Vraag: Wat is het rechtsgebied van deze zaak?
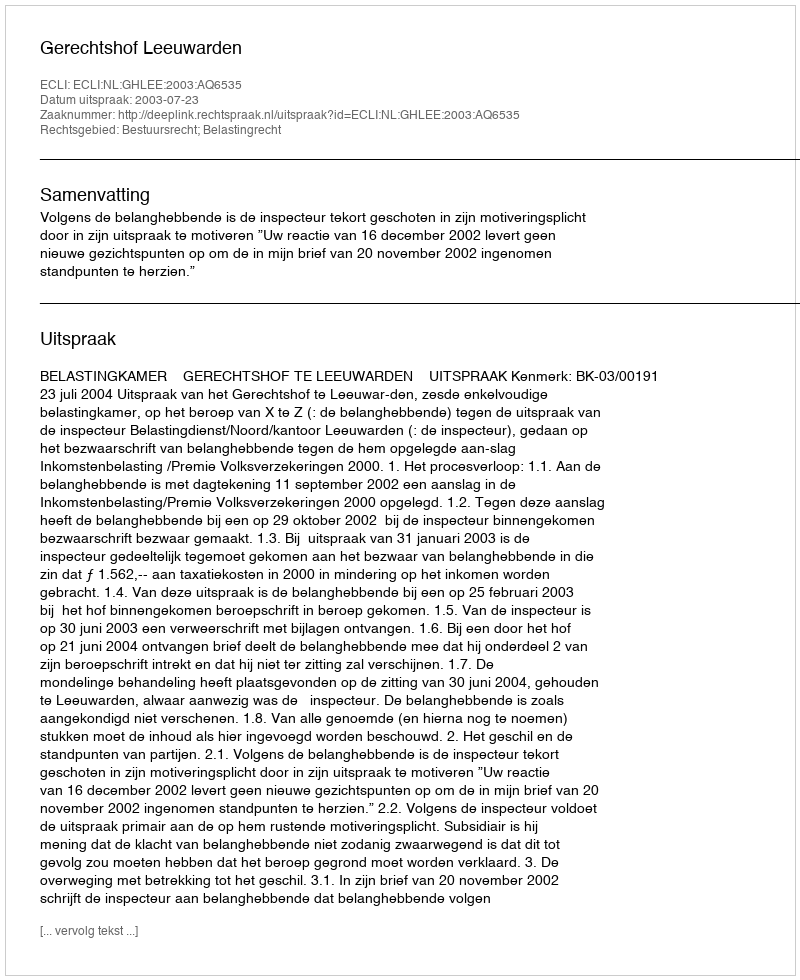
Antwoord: Bestuursrecht; Belastingrecht